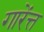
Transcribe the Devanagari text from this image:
गारेंत्त